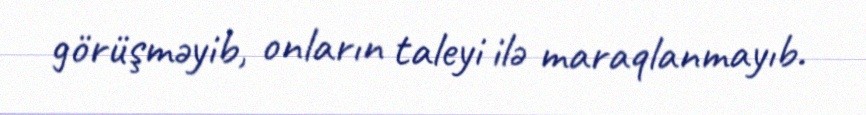
görüşməyib, onların taleyi ilə maraqlanmayıb.